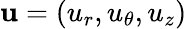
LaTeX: \mathbf{u}=(u_{r},u_{\theta},u_{z})